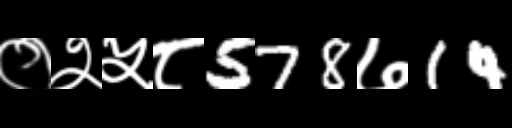
Text: ०२५८578७14